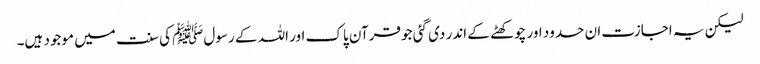
لیکن یہ اجازت ان حدود اور چوکھٹے کے اندر دی گئی جو قرآن پاک اور اللہ کے رسولﷺ کی سنت میں موجود ہیں۔